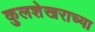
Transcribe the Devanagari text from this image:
कुलशेखराच्या